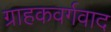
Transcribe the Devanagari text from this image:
ग्राहकवर्गवाद